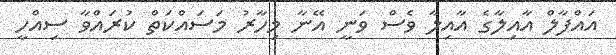
އައްފާލް އާއިލާގެ އާއިލާ ވެސް ވަނީ އޭނާ މިހާރު މަސައްކަތް ކުރައްވާ ސިއްހީ